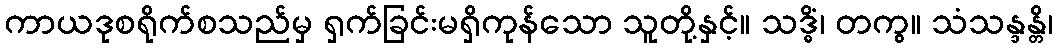
ကာယဒုစရိုက်စသည်မှ ရှက်ခြင်းမရှိကုန်သော သူတို့နှင့်။ သဒ္ဓိံ၊ တကွ။ သံသန္ဒန္တိ၊